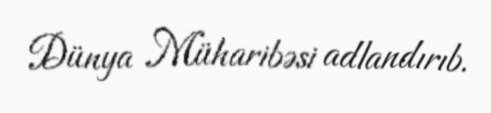
Dünya Müharibəsi adlandırıb.